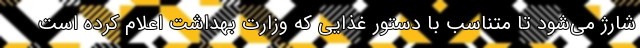
شارژ می‌شود تا متناسب با دستور غذایی که وزارت بهداشت اعلام کرده است